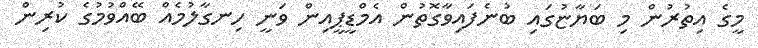
މީގެ އިތުރުން މި ބަޔާޏުގައި ބުނެފައިވާގޮތުން އެމްޑީޕީއިން ވަނީ ހިނގާލުމެއް ބޭއްވުމުގެ ކުރިން